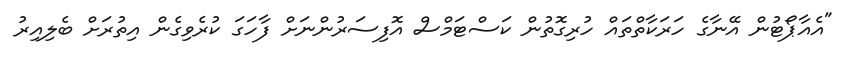
"އެއާޕޯޓުން އޭނާގެ ހަރަކާތްތައް ހުރިގޮތުން ކަސްޓަމްސް އޮފިސަރުންނަށް ފާހަގަ ކުރެވިގެން އިތުރަށް ބެލިއިރު